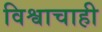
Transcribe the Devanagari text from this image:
विश्वाचाही